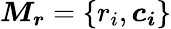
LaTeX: \boldsymbol{M_{r}}=\{ r_{i},\boldsymbol{c_{i}}\}